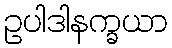
ဥပါဒါနက္ခယာ